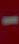
-